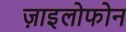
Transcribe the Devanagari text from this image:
ज़ाइलोफोन